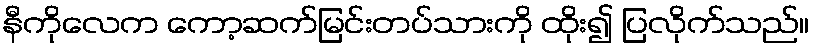
နီကိုလေက ကော့ဆက်မြင်းတပ်သားကို ထိုး၍ ပြလိုက်သည်။